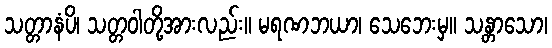
သတ္တာနံပိ၊ သတ္တဝါတို့အားလည်း။ မရဏဘယာ၊ သေဘေးမှ။ သန္တာသော၊